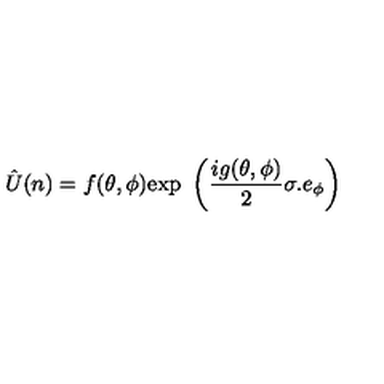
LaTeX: \hat { U } ( n ) = f ( \theta , \phi ) \mathrm { e x p } \ \left( \frac { i g ( \theta , \phi ) } { 2 } \sigma . e _ { \phi } \right)